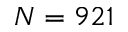
N = 9 2 1